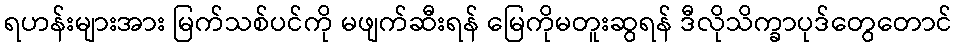
ရဟန်းများအား မြက်သစ်ပင်ကို မဖျက်ဆီးရန် မြေကိုမတူးဆွရန် ဒီလိုသိက္ခာပုဒ်တွေတောင်